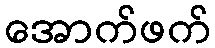
အောက်ဖက်